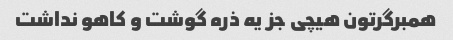
همبرگرتون هیچی جز یه ذره گوشت و کاهو نداشت